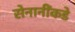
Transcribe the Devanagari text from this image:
सेनानींकडे